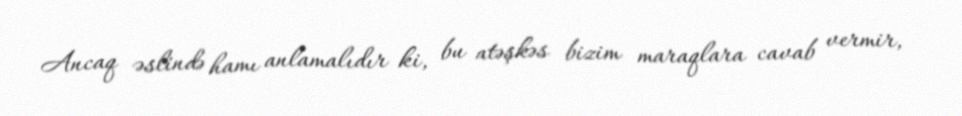
Ancaq əslində hamı anlamalıdır ki, bu atəşkəs bizim maraqlara cavab vermir,